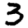
Digit: 3